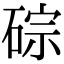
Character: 碂